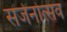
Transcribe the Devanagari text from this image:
सर्जनोत्सव